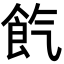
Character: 𩚤